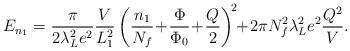
LaTeX: \begin{align*} E_{n_1}=\frac{\pi }{2\lambda_L^2e^2} \frac{V}{L_1^2}\left(\frac{n_1}{N_f}\!+\!\frac{\Phi}{\Phi_0} \!+\!\frac{Q}{2}\right)^{\!2}\!\!+\!2\pi N_f^2\lambda_L^2 e^2\frac{Q^2}{V}.\end{align*}